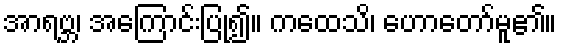
အာရဗ္ဘ၊ အကြောင်းပြု၍။ ကထေသိ၊ ဟောတော်မူ၏။